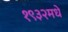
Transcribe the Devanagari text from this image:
१९३२मधे